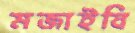
মজাইবি